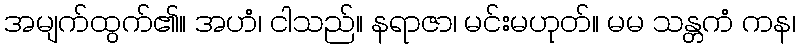
အမျက်ထွက်၏။ အဟံ၊ ငါသည်။ နရာဇာ၊ မင်းမဟုတ်။ မမ သန္တကံ ကန၊